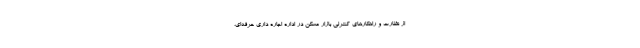
از نظارت و راهکارهای کنترلی بازار مسکن در اداره اجاره داری حرفه‌ای،